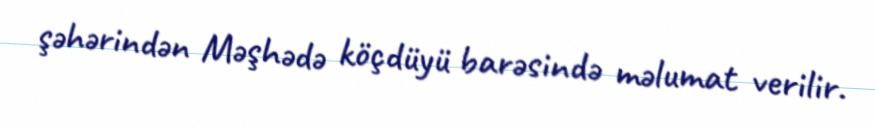
şəhərindən Məşhədə köçdüyü barəsində məlumat verilir.